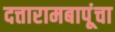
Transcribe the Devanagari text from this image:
दत्तारामबापूंचा